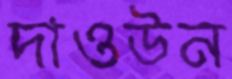
দাওউন